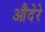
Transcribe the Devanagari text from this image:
औदेरे